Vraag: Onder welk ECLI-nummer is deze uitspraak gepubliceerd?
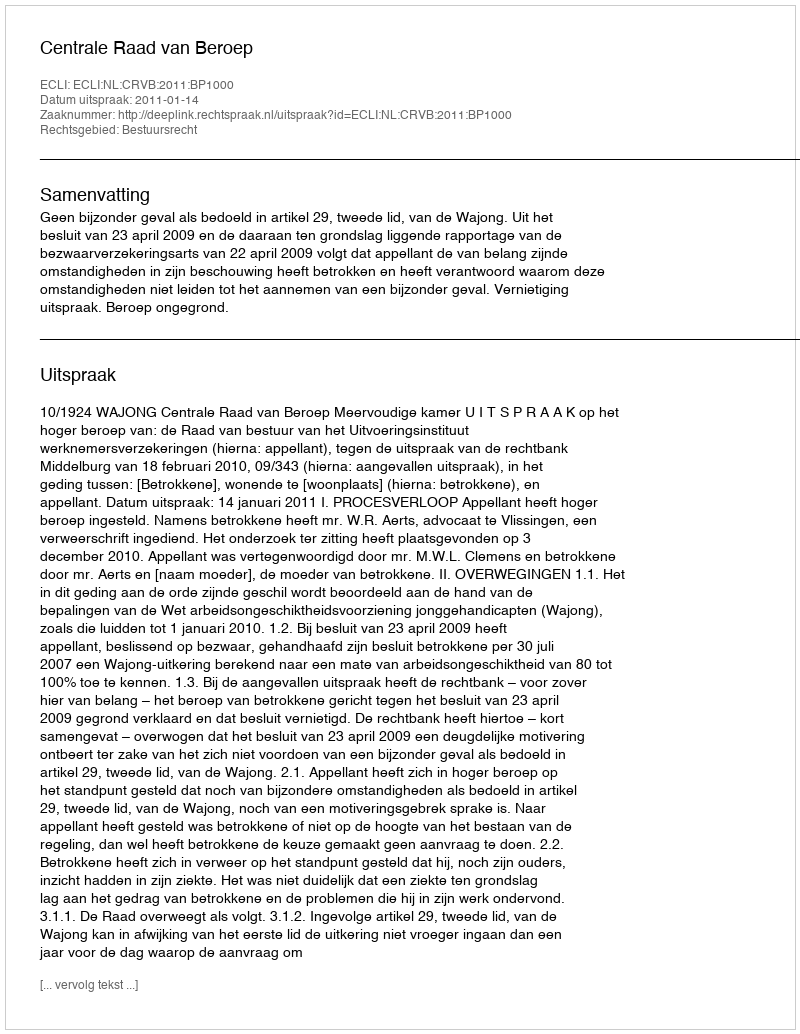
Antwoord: ECLI:NL:CRVB:2011:BP1000